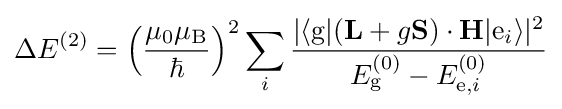
\Delta E^{\rm {(2)}}=\left({\frac {\mu _{0}\mu _{\rm {B}}}{\hbar }}\right)^{2}\sum _{i}{\frac {|\langle \mathrm {g} |(\mathbf {L} +g\mathbf {S} )\cdot \mathbf {H} |\mathrm {e} _{i}\rangle |^{2}}{E_{\mathrm {g} }^{(0)}-E_{\mathrm {e} ,i}^{(0)}}}